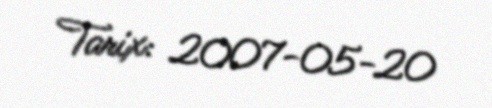
Tarix: 2007-05-20